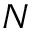
N